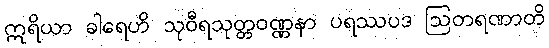
ဣရိယာ ခါရေဟိ သုဝီရသုတ္တဝဏ္ဏနာ ပရဿပဒ ဩတရဏာတိ